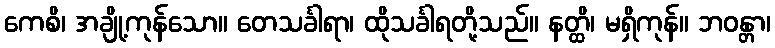
ကေစိ၊ အချို့ကုန်သော။ တေသင်္ခါရာ၊ ထိုသင်္ခါရတို့သည်။ နတ္ထိ၊ မရှိကုန်။ ဘဝန္တာ၊